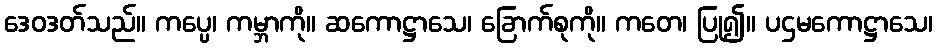
ဒေဝဒတ်သည်။ ကပ္ပေ၊ ကမ္ဘာကို။ ဆကောဋ္ဌာသေ၊ ခြောက်စုကို။ ကတေ၊ ပြု၍။ ပဌမကောဋ္ဌာသေ၊